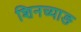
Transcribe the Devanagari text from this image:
शिनच्याङ